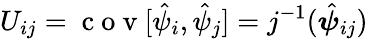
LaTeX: U_{ij}=\mathrm{~c~o~v~}[\hat{\psi}_{i},\hat{\psi}_{j}]=j^{-1}(\hat{\boldsymbol{\psi}}_{ij})